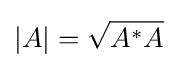
|A|={\sqrt {A^{*}A}}